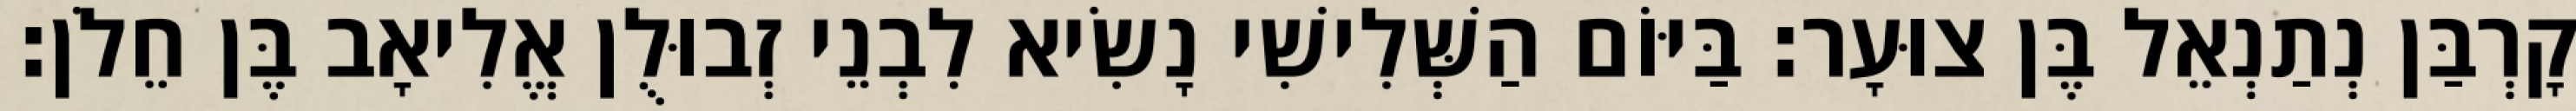
קָרְבַּן נְתַנְאֵל בֶּן צוּעָר׃ בַּיּוֹם הַשְּׁלִישִׁי נָשִׂיא לִבְנֵי זְבוּלֻן אֱלִיאָב בֶּן חֵלֹן׃